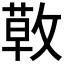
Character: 𢾳